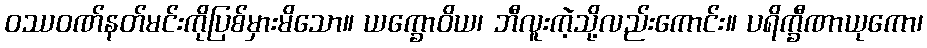
ဝဿဝဏ်နတ်မင်းကိုပြစ်မှားမိသော။ ယက္ခောဝိယ၊ ဘီလူးကဲ့သို့လည်းကောင်း။ ပရိက္ခီဏာယုကော၊